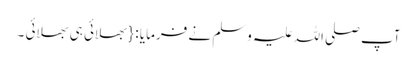
آپ صلی اللہ علیہ وسلم نے فرمایا : { بھلائی ہی بھلائی ۔